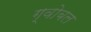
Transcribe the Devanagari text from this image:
ग्वोबल